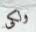
ولكى